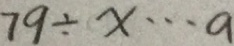
7 9 \div x \cdots a